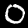
Digit: 0